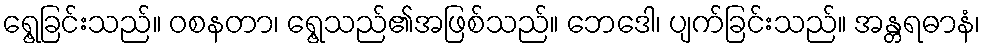
ရွေ့ခြင်းသည်။ ဝစနတာ၊ ရွေ့သည်၏အဖြစ်သည်။ ဘေဒေါ၊ ပျက်ခြင်းသည်။ အန္တရဓာနံ၊